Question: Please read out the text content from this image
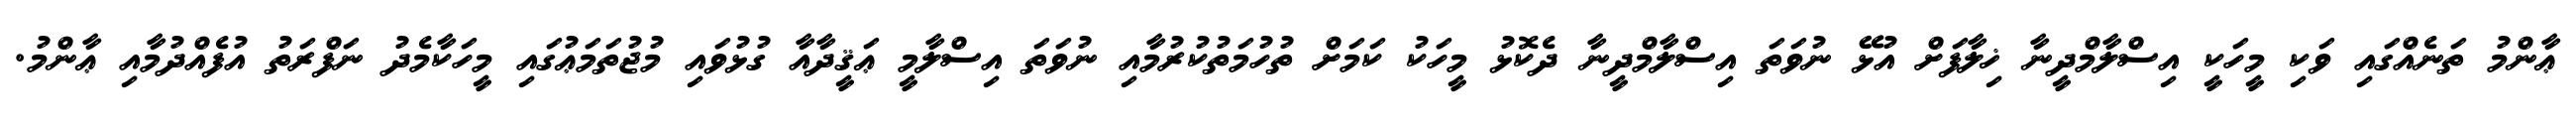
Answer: ޢާންމު ތަނެއްގައި ވަކި މީހަކީ އިސްލާމްދީނާ ޚިލާފަށް އުޅޭ ނުވަތަ އިސްލާމްދީނާ ދެކޮޅު މީހަކު ކަމަށް ތުހުމަތުކުރުމާއި ނުވަތަ އިސްލާމީ ޢަޤީދާއާ ގުޅުވައި މުޖުތަމަޢުގައި މީހަކާމެދު ނަފްރަތު އުފެއްދުމާއި ޢާންމު.